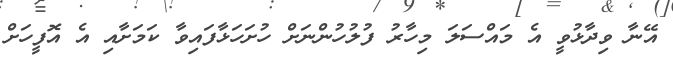
އޭނާ ވިދާޅުވީ އެ މައްސަލަ މިހާރު ފުލުހުންނަށް ހުށަހަޅާފައިވާ ކަމަށާއި އެ އޮފީހަށް